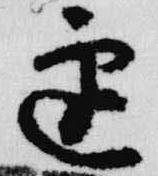
遅